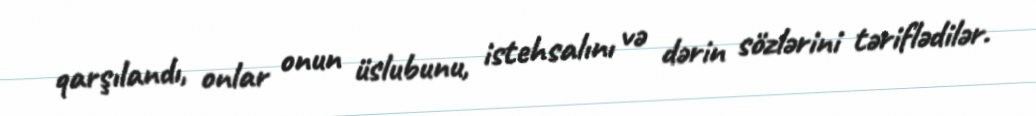
qarşılandı, onlar onun üslubunu, istehsalını və dərin sözlərini təriflədilər.